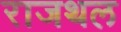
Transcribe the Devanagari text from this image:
राजथल